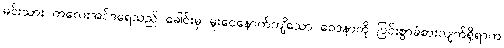
မင်းသား ကလေးအင်ဒရေသည် ခေါင်းမှ မူးဝေနောက်ကျိသော ဝေဒနာကို ပြင်းစွာခံစားလျက်ရှိရာက